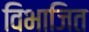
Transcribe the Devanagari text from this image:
विभाजित